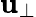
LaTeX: \mathbf{u}_{\perp}